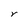
Character: r